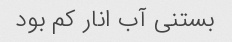
بستنی آب انار کم بود